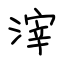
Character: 滓